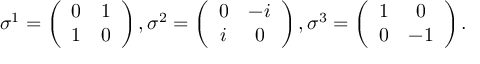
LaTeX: \sigma ^ { 1 } = \left( \begin{array} { c c } { { 0 } } & { { 1 } } \\ { { 1 } } & { { 0 } } \end{array} \right) , \sigma ^ { 2 } = \left( \begin{array} { c c } { { 0 } } & { { - i } } \\ { { i } } & { { 0 } } \end{array} \right) , \sigma ^ { 3 } = \left( \begin{array} { c c } { { 1 } } & { { 0 } } \\ { { 0 } } & { { - 1 } } \end{array} \right) .